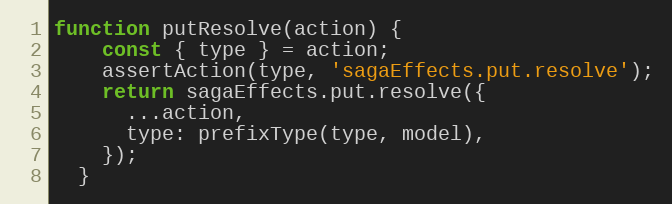
Language: JavaScript
function putResolve(action) {
    const { type } = action;
    assertAction(type, 'sagaEffects.put.resolve');
    return sagaEffects.put.resolve({
      ...action,
      type: prefixType(type, model),
    });
  }